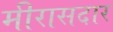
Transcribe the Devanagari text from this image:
मीरासदार